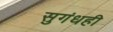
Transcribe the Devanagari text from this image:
सुगंधही